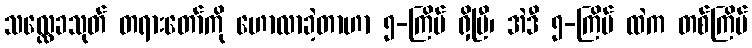
သလ္လေခသုတ် တရားတော်ကို ဟောလာခဲ့တာဟာ ၅-ကြိမ် ရှိပြီ၊ အဲဒီ ၅-ကြိမ် ထဲက တစ်ကြိမ်